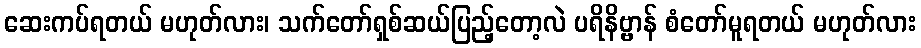
ဆေးကပ်ရတယ် မဟုတ်လား၊ သက်တော်ရှစ်ဆယ်ပြည့်တော့လဲ ပရိနိဗ္ဗာန် စံတော်မူရတယ် မဟုတ်လား